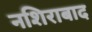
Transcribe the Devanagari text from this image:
नशिराबाद